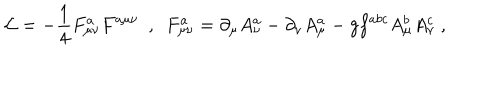
{ \cal L } = - \frac { 1 } { 4 } F _ { \mu \nu } ^ { a } F ^ { a \mu \nu } \ \ , \ \ F _ { \mu \nu } ^ { a } = \partial _ { \mu } A _ { \nu } ^ { a } - \partial _ { \nu } A _ { \mu } ^ { a } - g f ^ { a b c } A _ { \mu } ^ { b } A _ { \nu } ^ { c } \ ,